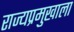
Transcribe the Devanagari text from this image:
राज्यप्रमुखाला